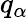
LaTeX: q_{\alpha}